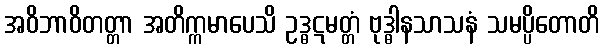
အဝိဘာဝိတတ္တာ အတိက္ကမာပေသိ ဥဒ္ဓဋမတ္တံ ဗုဒ္ဓါနသာသနံ သမပ္ပိတောတိ